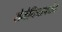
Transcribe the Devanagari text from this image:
रोमेनियापर्यंत